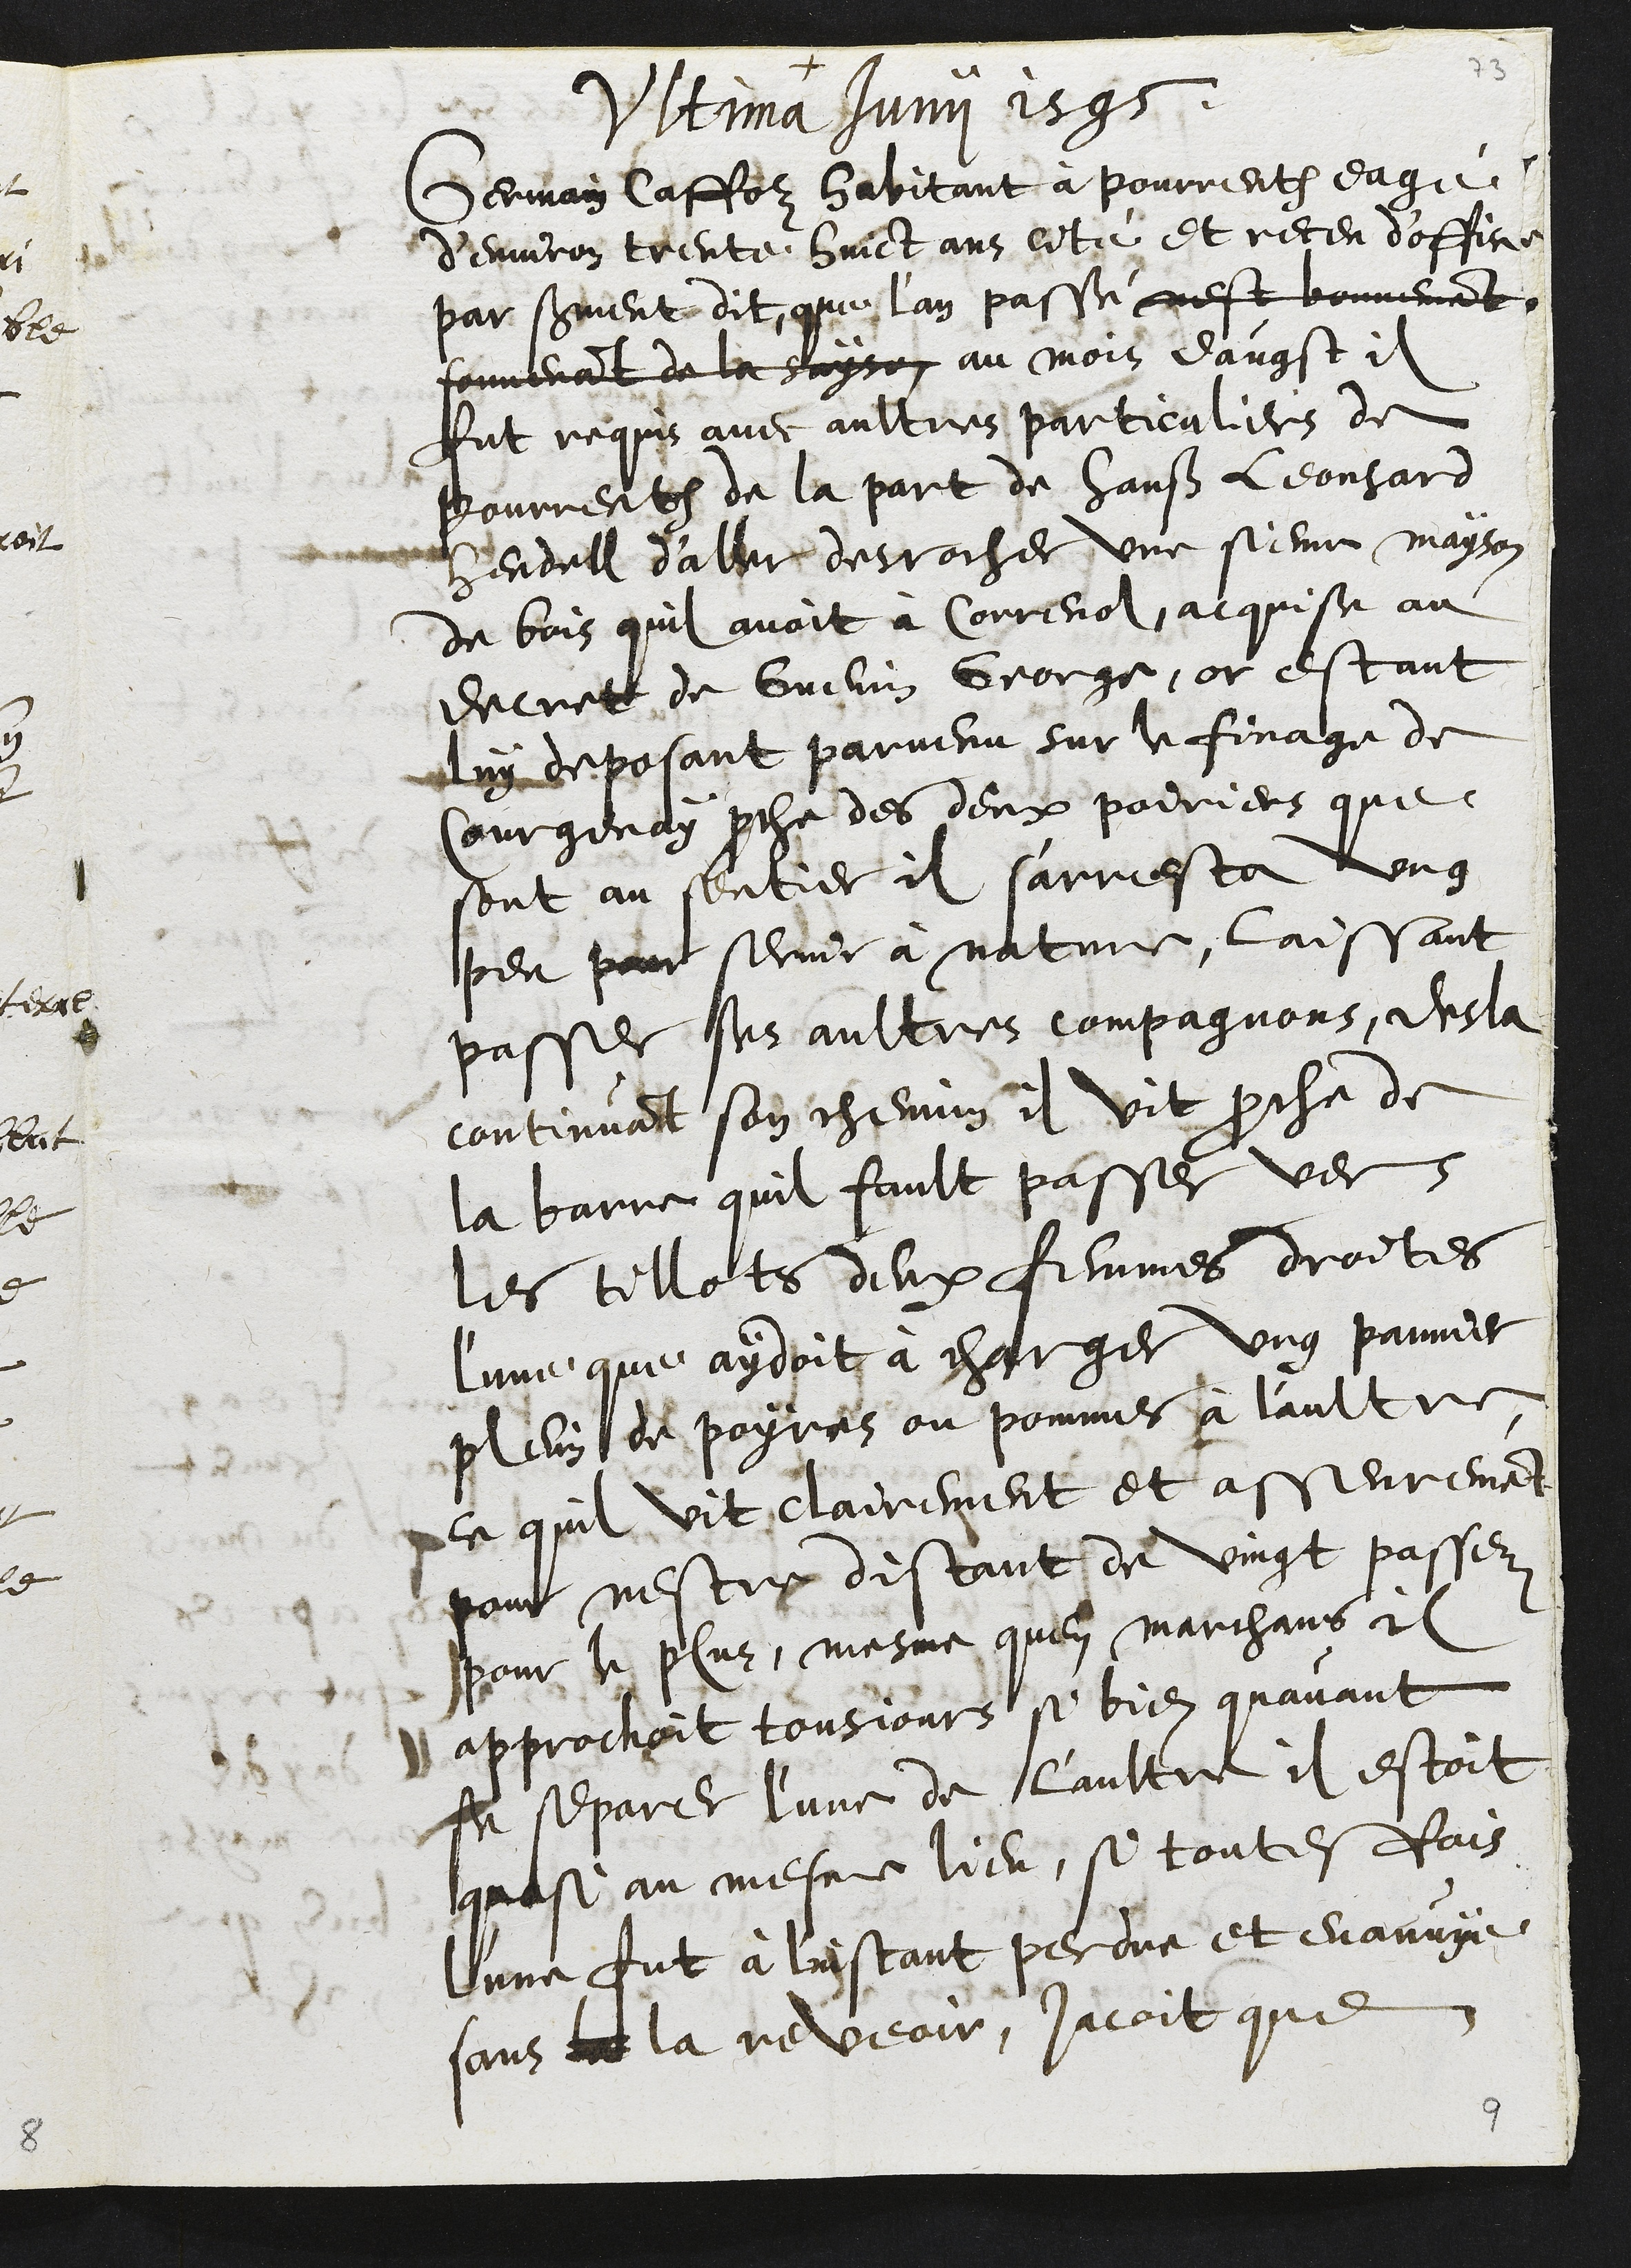
+
Vltima Junii 1595
Germain Caffolz habitant à Pourrentruy eagé
d’environ trente huict ans cité et receu d’office
par serment dit, que l'an passé nest bonnemant,
souvenant de le sayson au mois d'augst il
fut requis avec aultres particuliers de
Pourrentruy de la part de Hanß Leonhard
Hendell d'aller desrocher une sienne mayson
de bois quil avoit à Correnol, acquise au
decret de Guenin George, or estant
luy deposant parvenu sur le finage de
Courgenay proche des deux poiriers que
sont au sentier il s'arresta ung
peu pour servir à nature, laissant
passer ses aultres compagnons, desla
continuant son chemin il vit proche de
la barre quil fault passer vers
les tillots deux femmes droites
l'une que aydoit à charger ung pannier
plein de poyres ou pommes à l'aultre
ce quil vit clairement et asseurement
pour nestre distant de vingt passez
pour le plus, mesme quen marchans il
approchoit tousjours si bien quavant
se separer l'une de l'aultre il estoit
quasi au mesme lieu, si toutesfois
l'une fut à linstant perdue et evanuye
sans de la reveoir, jacoit que

9